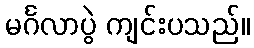
မင်္ဂလာပွဲ ကျင်းပသည်။